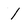
Character: 1